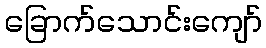
ခြောက်သောင်းကျော်